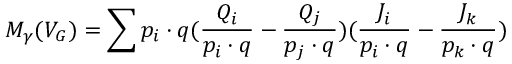
M _ { \gamma } ( V _ { G } ) = \sum p _ { i } \cdot q ( \frac { Q _ { i } } { p _ { i } \cdot q } - \frac { Q _ { j } } { p _ { j } \cdot q } ) ( \frac { J _ { i } } { p _ { i } \cdot q } - \frac { J _ { k } } { p _ { k } \cdot q } )